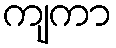
ကျကာ